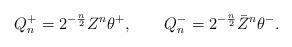
LaTeX: \begin{align*}Q_n^+=2^{-\frac n2}Z^n\theta^+,\qquad Q_n^-=2^{-\frac n2}\bar Z^n\theta^-.\end{align*}